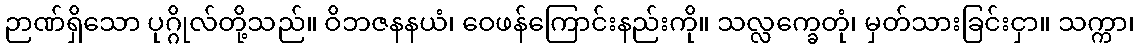
ဉာဏ်ရှိသော ပုဂ္ဂိုလ်တို့သည်။ ဝိဘဇနနယံ၊ ဝေဖန်ကြောင်းနည်းကို။ သလ္လက္ခေတုံ၊ မှတ်သားခြင်းငှာ။ သက္ကာ၊